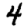
Digit: 4